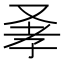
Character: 𠭂